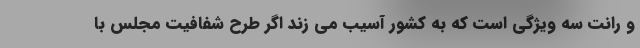
و رانت سه ویژگی است که به کشور آسیب می زند اگر طرح شفافیت مجلس با